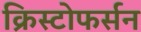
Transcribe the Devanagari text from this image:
क्रिस्टोफर्सन